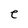
Character: e